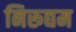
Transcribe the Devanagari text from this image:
निरूद्यम